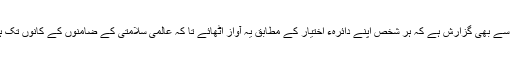
میری اپنے ہم وطنوں سے بھی گزارش ہے کہ ہر شخص اپنے دائرہء اختیار کے مطابق یہ آواز اٹھائے تا کہ عالمی سلامتی کے ضامنوں کے کانوں تک ہماری یہ فکر پہنچے۔